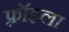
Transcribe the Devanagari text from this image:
फ़्रॉइला